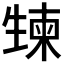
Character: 𰢯